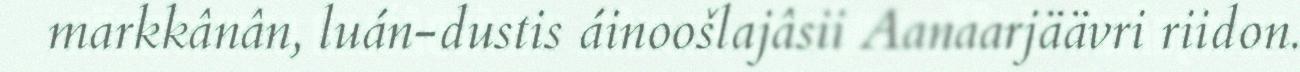
markkânân, luán-dustis áinoošlajâsii Aanaarjäävri riidon.